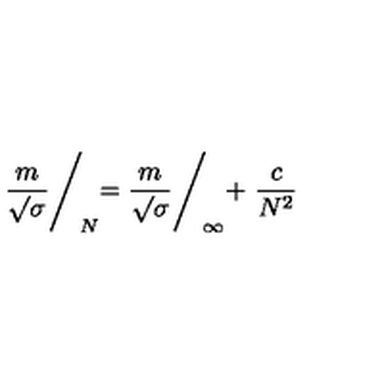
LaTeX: { \frac { m } { \surd \sigma } } \Biggl / _ { \! N } = { \frac { m } { \surd \sigma } } \Biggl / _ { \! \infty } + \ { \frac { c } { N ^ { 2 } } }